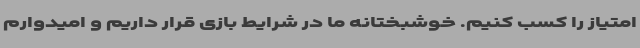
امتیاز را کسب کنیم. خوشبختانه ما در شرایط بازی قرار داریم و امیدوارم